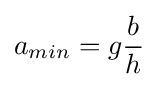
a_{min}=g{\frac {b}{h}}